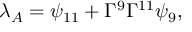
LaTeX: { \lambda _ { A } = \psi _ { 1 1 } + \Gamma ^ { 9 } \Gamma ^ { 1 1 } \psi _ { 9 } , }